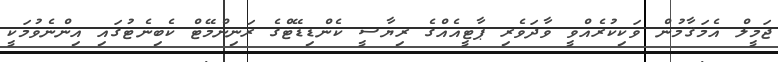
ޖަމީލް އެމަޤާމުން ވަކިކުރެއްވީ ވާދަވެރި ޕާޓީއެއްގެ ރިޔާސީ ކެންޑިޑޭޓްގެ ރަނިންމޭޓް ކެބިނެޓުގައި އިންނެވުމަކީ